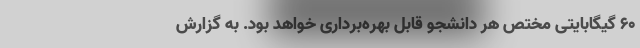
۶۰ گیگابایتی مختص هر دانشجو قابل بهره‌برداری خواهد بود. به گزارش